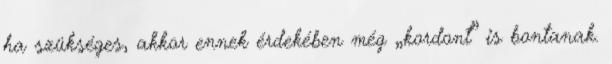
ha szükséges, akkor ennek érdekében még „kordont” is bontanak.